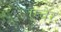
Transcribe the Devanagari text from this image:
एंचेर